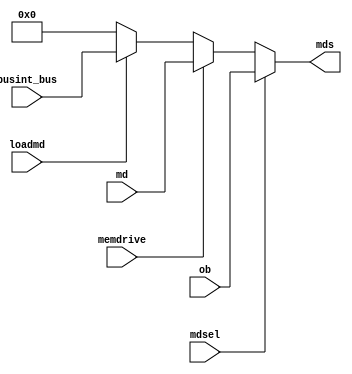
// MDS --- MEMORY DATA SELECTOR
//
// ---!!! Add description.
//
// History:
//
//   (20YY-MM-DD HH:mm:ss BRAD) Converted to Verilog.
//	???: Nets added.
//	???: Nets removed.
//   (1978-08-16 05:19:21 TK) Initial.

`timescale 1ns/1ps
`default_nettype none

module MDS(/*AUTOARG*/
   // Outputs
   mds,
   // Inputs
   busint_bus, md, ob, loadmd, mdsel, memdrive
   );

   input [31:0] busint_bus;
   input [31:0] md;
   input [31:0] ob;
   input loadmd;
   input mdsel;
   input memdrive;
   output [31:0] mds;

   ////////////////////////////////////////////////////////////////////////////////

   wire [31:0] mem;

   ////////////////////////////////////////////////////////////////////////////////

   assign mds = mdsel ? ob : mem;
   assign mem = memdrive ? md :
		loadmd ? busint_bus :
		32'b0;

endmodule

`default_nettype wire

// Local Variables:
// verilog-library-directories: ("..")
// End: